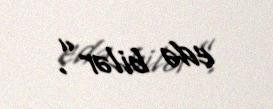
edə bilər”.